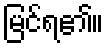
မြင်ရ၏။